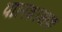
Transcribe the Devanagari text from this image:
पालशासक